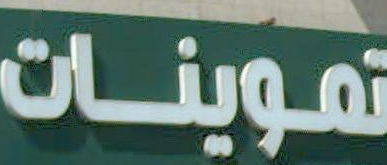
تموينات